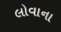
લોવાના